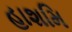
હાશમિ